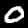
Digit: 0